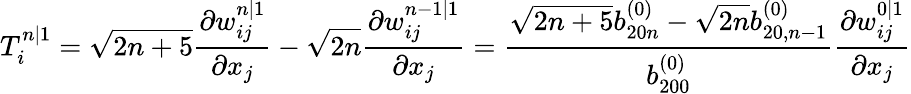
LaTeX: T_{i}^{n|1}=\sqrt{2n+5}\frac{\partial w_{ij}^{n|1}}{\partial x_{j}}-\sqrt{2n}\frac{\partial w_{ij}^{n-1|1}}{\partial x_{j}}=\frac{\sqrt{2n+5}b_{20n}^{(0)}-\sqrt{2n}b_{20,n-1}^{(0)}}{b_{200}^{(0)}}\frac{\partial w_{ij}^{0|1}}{\partial x_{j}}